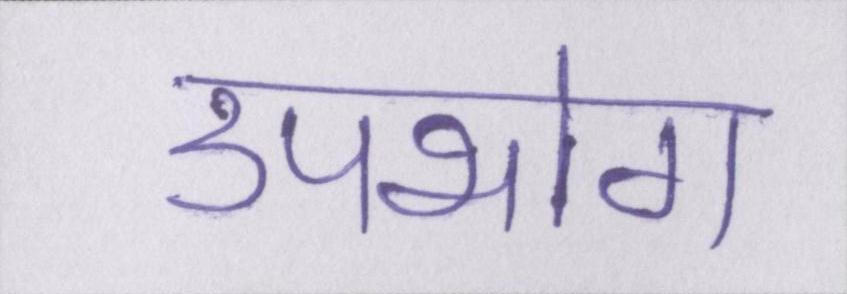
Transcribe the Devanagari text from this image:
उपभोग